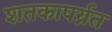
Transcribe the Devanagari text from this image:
शतकापर्य्नत